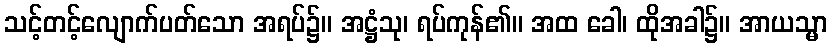
သင့်တင့်လျောက်ပတ်သော အရပ်၌။ အဋ္ဌံသု၊ ရပ်ကုန်၏။ အထ ခေါ၊ ထိုအခါ၌။ အာယသ္မာ